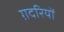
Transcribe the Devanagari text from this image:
ग़दरियों